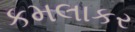
કમલાકર